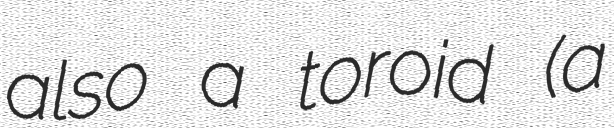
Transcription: also a toroid (a